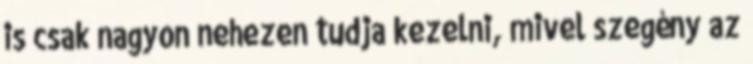
is csak nagyon nehezen tudja kezelni, mivel szegény az